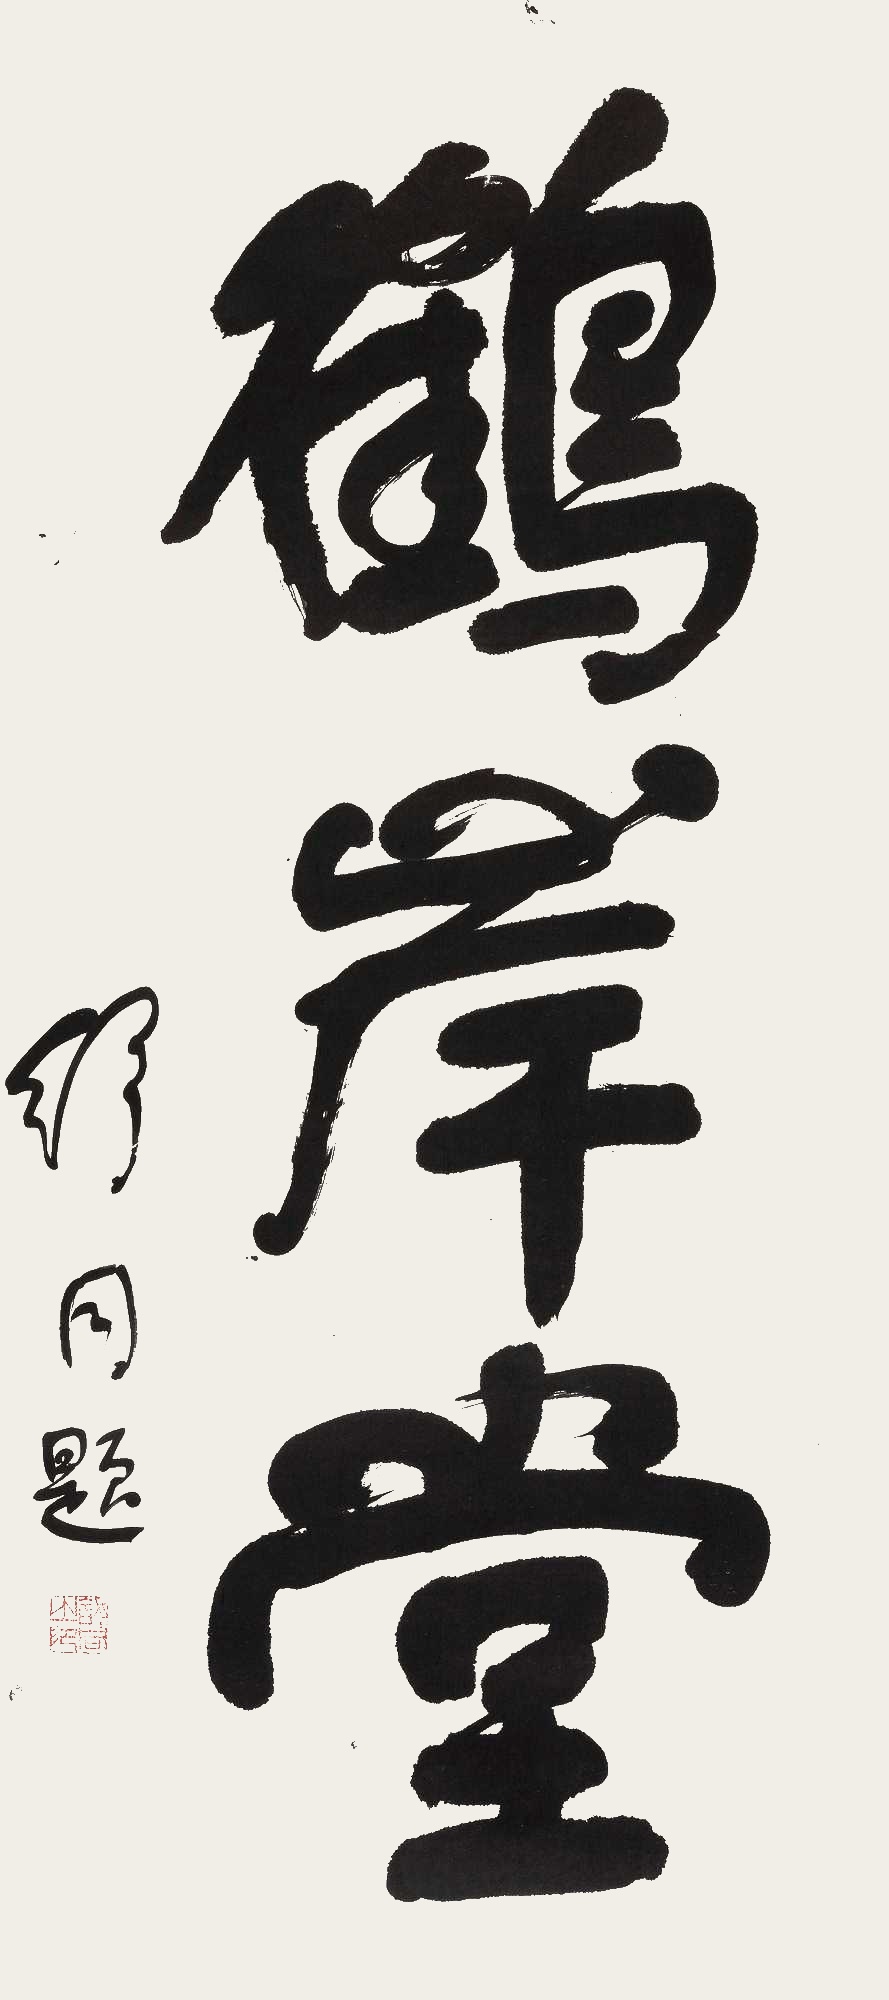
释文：鹤岸堂舒同题。